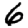
Digit: 6